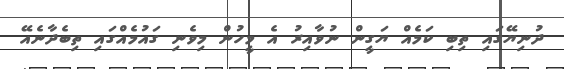
ދުނިޔޭގައި ތިބި ކަމެއް ޔަގީން ނުވާއިރު އެ މީހުން މިވެނި ގައުމެއްގައި ތިބެދާނެއޭ